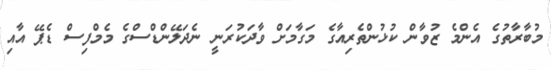
މުބާރާތުގެ އެންމެ ޒުވާން ކުޅުންތެރިއާގެ މަގާމަށް ވާދަކުރަނީ ނެދަލޭންޑްސްގެ މެމްފިސް ޑެޕޭ އާއި